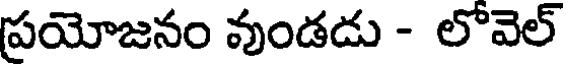
ప్రయోజనం వుండడు - లోవెల్